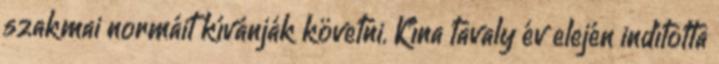
szakmai normáit kívánják követni. Kína tavaly év elején indította